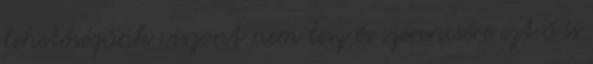
lehetőségünk viszont nem lesz és szerencsére ezt ő is